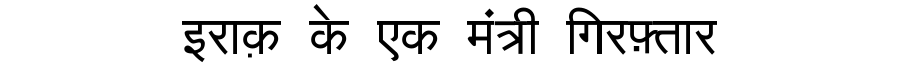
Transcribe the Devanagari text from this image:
इराक़ के एक मंत्री गिरफ़्तार